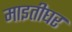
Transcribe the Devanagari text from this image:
माइतीघर